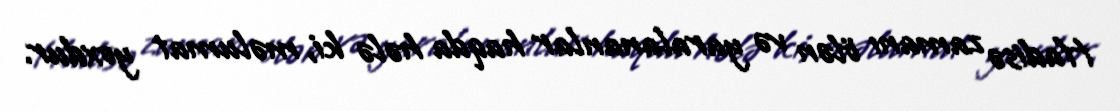
Hadisə zamanı ölən və yaralananlar haqda hələ ki, məlumat yoxdur.